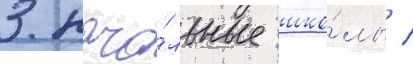
3 нача́льные шко́лы /